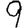
Digit: 9